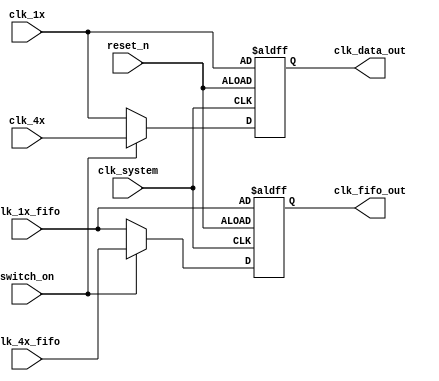
//////////////////////////////////////////////////////////////////
// speed4x_switch.v,
////////////////////////////////////////////////////////////////
module speed4x_switch(					// speed4x_switch.v
clk_system,
reset_n,
switch_on,
clk_4x,
clk_4x_fifo,
clk_1x,
clk_1x_fifo,
clk_data_out,
clk_fifo_out
);
input clk_system;
input reset_n;
input switch_on;
input clk_4x;//750kHz
input clk_4x_fifo;//23.43KHz
input clk_1x;//187.5KHz
input clk_1x_fifo;//5.86KHz

output reg clk_data_out;
output reg clk_fifo_out;

always@(posedge clk_system or negedge reset_n)
	if(!reset_n)
	begin
		clk_data_out <= clk_1x;
		clk_fifo_out <= clk_1x_fifo;
	end
	else
		if(switch_on)
		begin
			clk_data_out <= clk_4x;
			clk_fifo_out <= clk_4x_fifo;
		end
		else
		begin
			clk_data_out <= clk_1x;
			clk_fifo_out <= clk_1x_fifo;
		end
endmodule